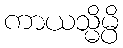
ကာယသ္မိမ္ပိ